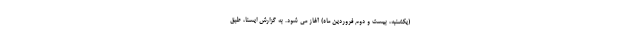
(یکشنبه، بیست و دوم فروردین ماه) آغاز می شود. به گزارش ایسنا، طبق